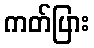
ကတ်ပြား